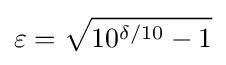
\varepsilon ={\sqrt {10^{\delta /10}-1}}